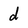
Character: d